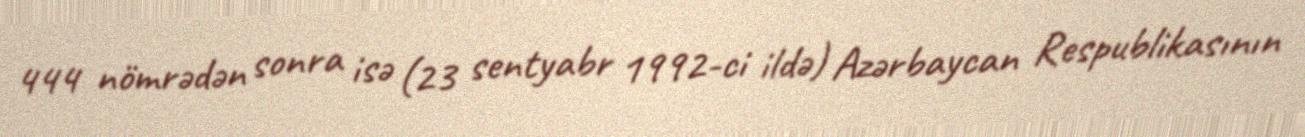
444 nömrədən sonra isə (23 sentyabr 1992-ci ildə) Azərbaycan Respublikasının